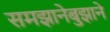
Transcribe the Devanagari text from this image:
समझानेबुझाने